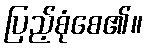
ပြည့်စုံစေ၏။